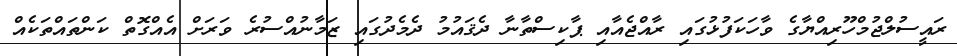
ރައީސުލްޖުމްހޫރިއްޔާގެ ވާހަކަފުޅުގައި ރާއްޖެއާއި ޕާކިސްތާނާ ދެޤައުމު ދެމެދުގައި ޒަމާނުއްސުރެ ވަރަށް އެއްގޮތް ކަންތައްތަކެއް